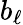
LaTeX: b_{\ell}